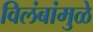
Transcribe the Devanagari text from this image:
विलंबांमुळे